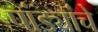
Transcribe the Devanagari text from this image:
पांड्यांचे